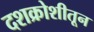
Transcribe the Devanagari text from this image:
दशक्रोशीतून